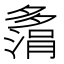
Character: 𫯗